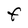
Character: F